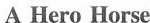
A Hero Horse